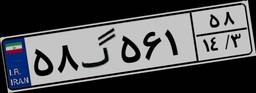
۵۸گ۵۶۱۵۸